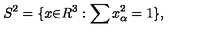
S ^ { 2 } = \{ x { \in } R ^ { 3 } : \sum x _ { \alpha } ^ { 2 } = 1 \} ,